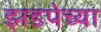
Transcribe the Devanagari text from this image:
झडपेच्या